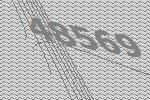
48569